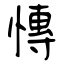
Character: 慱